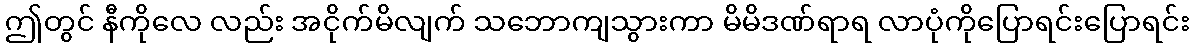
ဤတွင် နီကိုလေ လည်း အငိုက်မိလျက် သဘောကျသွားကာ မိမိဒဏ်ရာရ လာပုံကိုပြောရင်းပြောရင်း